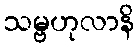
သမ္ဗဟုလာနိ